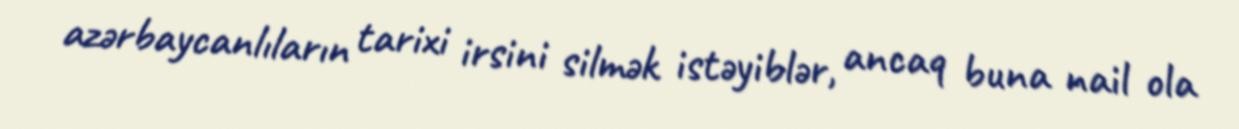
azərbaycanlıların tarixi irsini silmək istəyiblər, ancaq buna nail ola